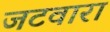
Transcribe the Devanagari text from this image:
जटवारा